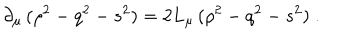
\partial _ { \mu } \, ( \rho ^ { 2 } - q ^ { 2 } - s ^ { 2 } ) = 2 L _ { \mu } \, ( \rho ^ { 2 } - q ^ { 2 } - s ^ { 2 } ) \; .